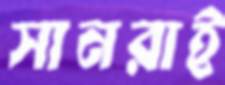
সানরাই